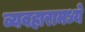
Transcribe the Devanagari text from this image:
व्यवहारामध्ये